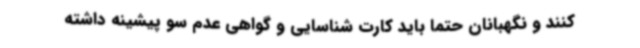
کنند و نگهبانان حتماً باید کارت شناسایی و گواهی عدم سو پیشینه داشته